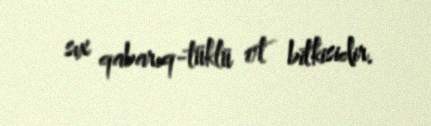
sıx qabarıq-tüklü ot bitkisidir.